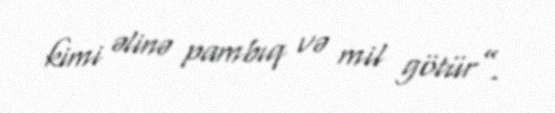
kimi əlinə pambıq və mil götür”.